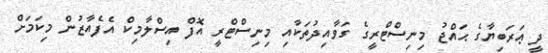
ދީ ޢަރަބިޔާގެ ޙައްޖު މިނިސްޓްރީގެ ގަވާއިދުތަކާއި މިނިސްޓްރީ އޮފް އިސްލާމިކް އެފެއާޒުން މިކަމަށް